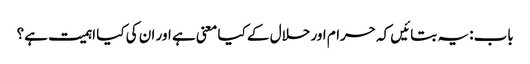
باب: یہ بتائیں کہ حرام اور حلال کے کیا معنی ہے اور ان کی کیا اہمیت ہے؟